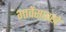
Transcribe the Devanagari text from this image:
भावेंसारखे